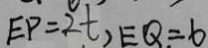
E P = 2 t , E Q = 6